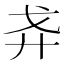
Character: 𢌵